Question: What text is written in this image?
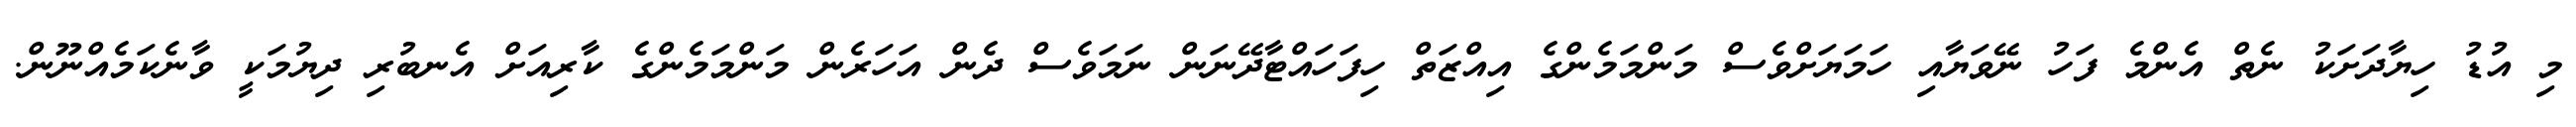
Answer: މި އުޑު ހިޔާދަށަކު ނެތް އެންމެ ފަހު ނޭވަޔާއި ހަމަޔަށްވެސް މަންމަމެންގެ އިއްޒަތް ހިފަހައްޓާދޭނަން ނަމަވެސް ދެން އަހަރެން މަންމަމެންގެ ކާރިއަށް އެނބުރި ދިޔުމަކީ ވާނެކަމެއްނޫން.